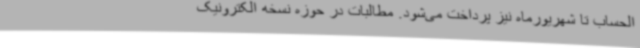
الحساب تا شهریورماه نیز پرداخت می‌شود. مطالبات در حوزه نسخه الکترونیک